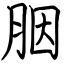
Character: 胭